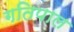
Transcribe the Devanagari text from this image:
गतिपाल